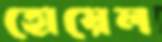
হোয়েল